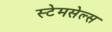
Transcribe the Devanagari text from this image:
स्टेमसेल्स